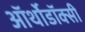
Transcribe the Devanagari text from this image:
ऑर्थोडॉक्सी